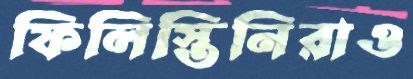
ফিলিস্তিনিরাও